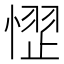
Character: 𪬞